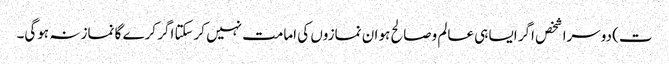
ت) دوسرا شخص اگر ایسا ہی عالم وصالح ہو ان نمازوں کی امامت نہیں کرسکتا اگر کرے گا نماز نہ ہوگی۔